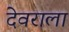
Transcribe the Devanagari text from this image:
देवराला